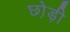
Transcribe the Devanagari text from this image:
छो़ड़ी